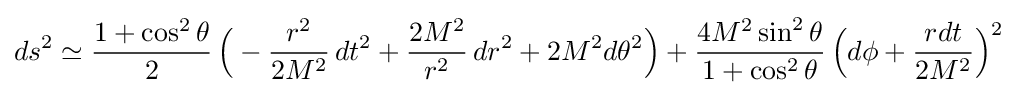
ds^{2}\simeq {\frac {1+\cos ^{2}\theta }{2}}\,{\Big (}-{\frac {r^{2}}{2M^{2}}}\,dt^{2}+{\frac {2M^{2}}{r^{2}}}\,dr^{2}+2M^{2}d\theta ^{2}{\Big )}+{\frac {4M^{2}\sin ^{2}\theta }{1+\cos ^{2}\theta }}\,{\Big (}d\phi +{\frac {rdt}{2M^{2}}}{\Big )}^{2}